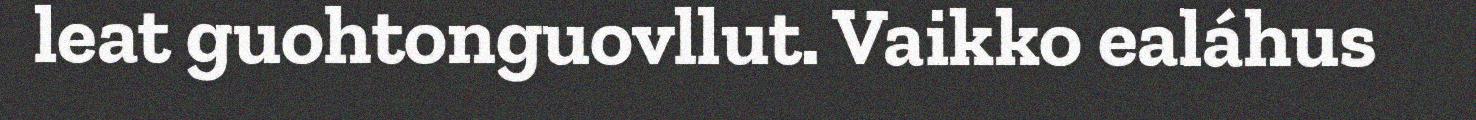
leat guohtonguovllut. Vaikko ealáhus